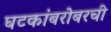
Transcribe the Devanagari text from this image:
घटकांबरोबरची